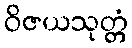
ဝိဇယသုတ္တံ